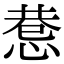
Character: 𢛖